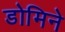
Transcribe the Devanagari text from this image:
डोमिने